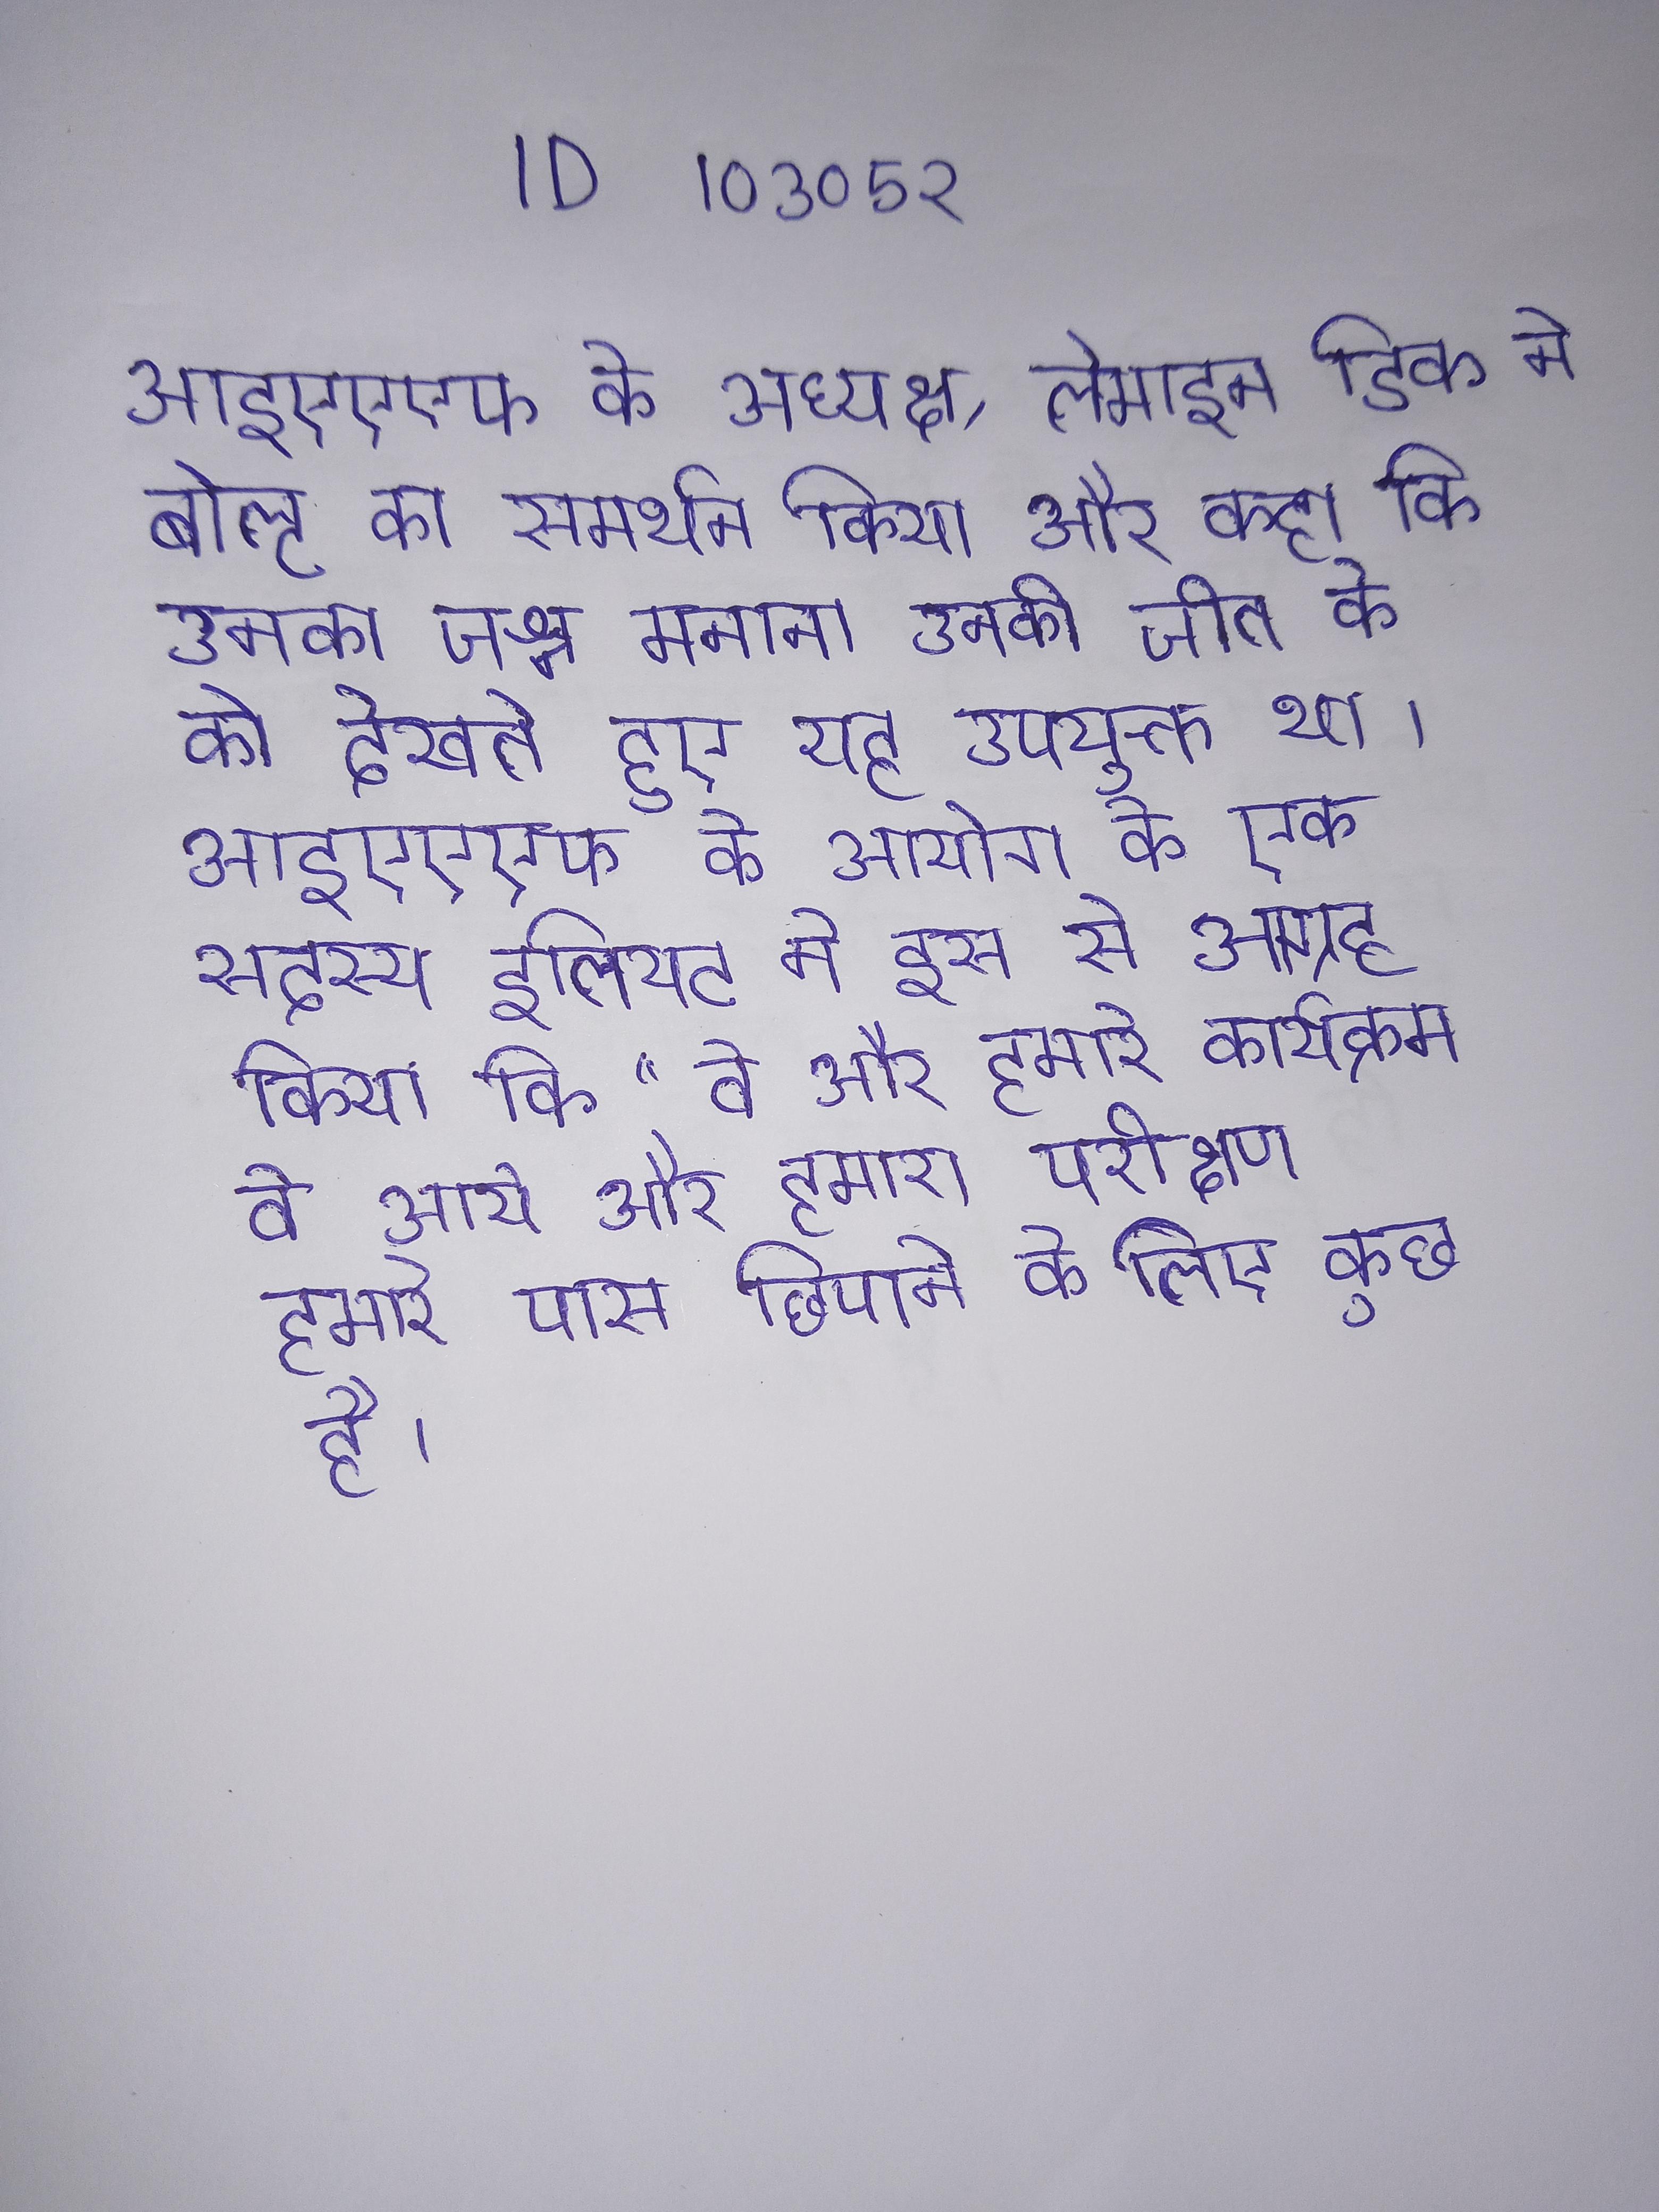
आइएएएफ के अध्यक्ष, लेमाइन डिक ने बोल्ट का समर्थन किया और कहा कि उनका जश्न मनाना उनकी जीत के को देखते हुए यह उपयुक्त था । आइएएएफ के आयोग के एक सदस्य इलियट ने इस से आग्रह किया कि "वे और हमारे कार्यक्रम वे आये और हमारा परीक्षण हमारे पास छिपाने के लिए कुछ है ।